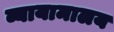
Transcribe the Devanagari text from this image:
व्यायामालय